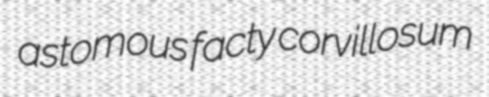
astomous facty corvillosum